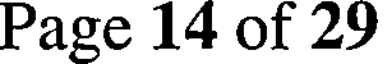
Page 14 of 29